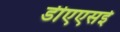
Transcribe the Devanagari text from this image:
डीएएसई